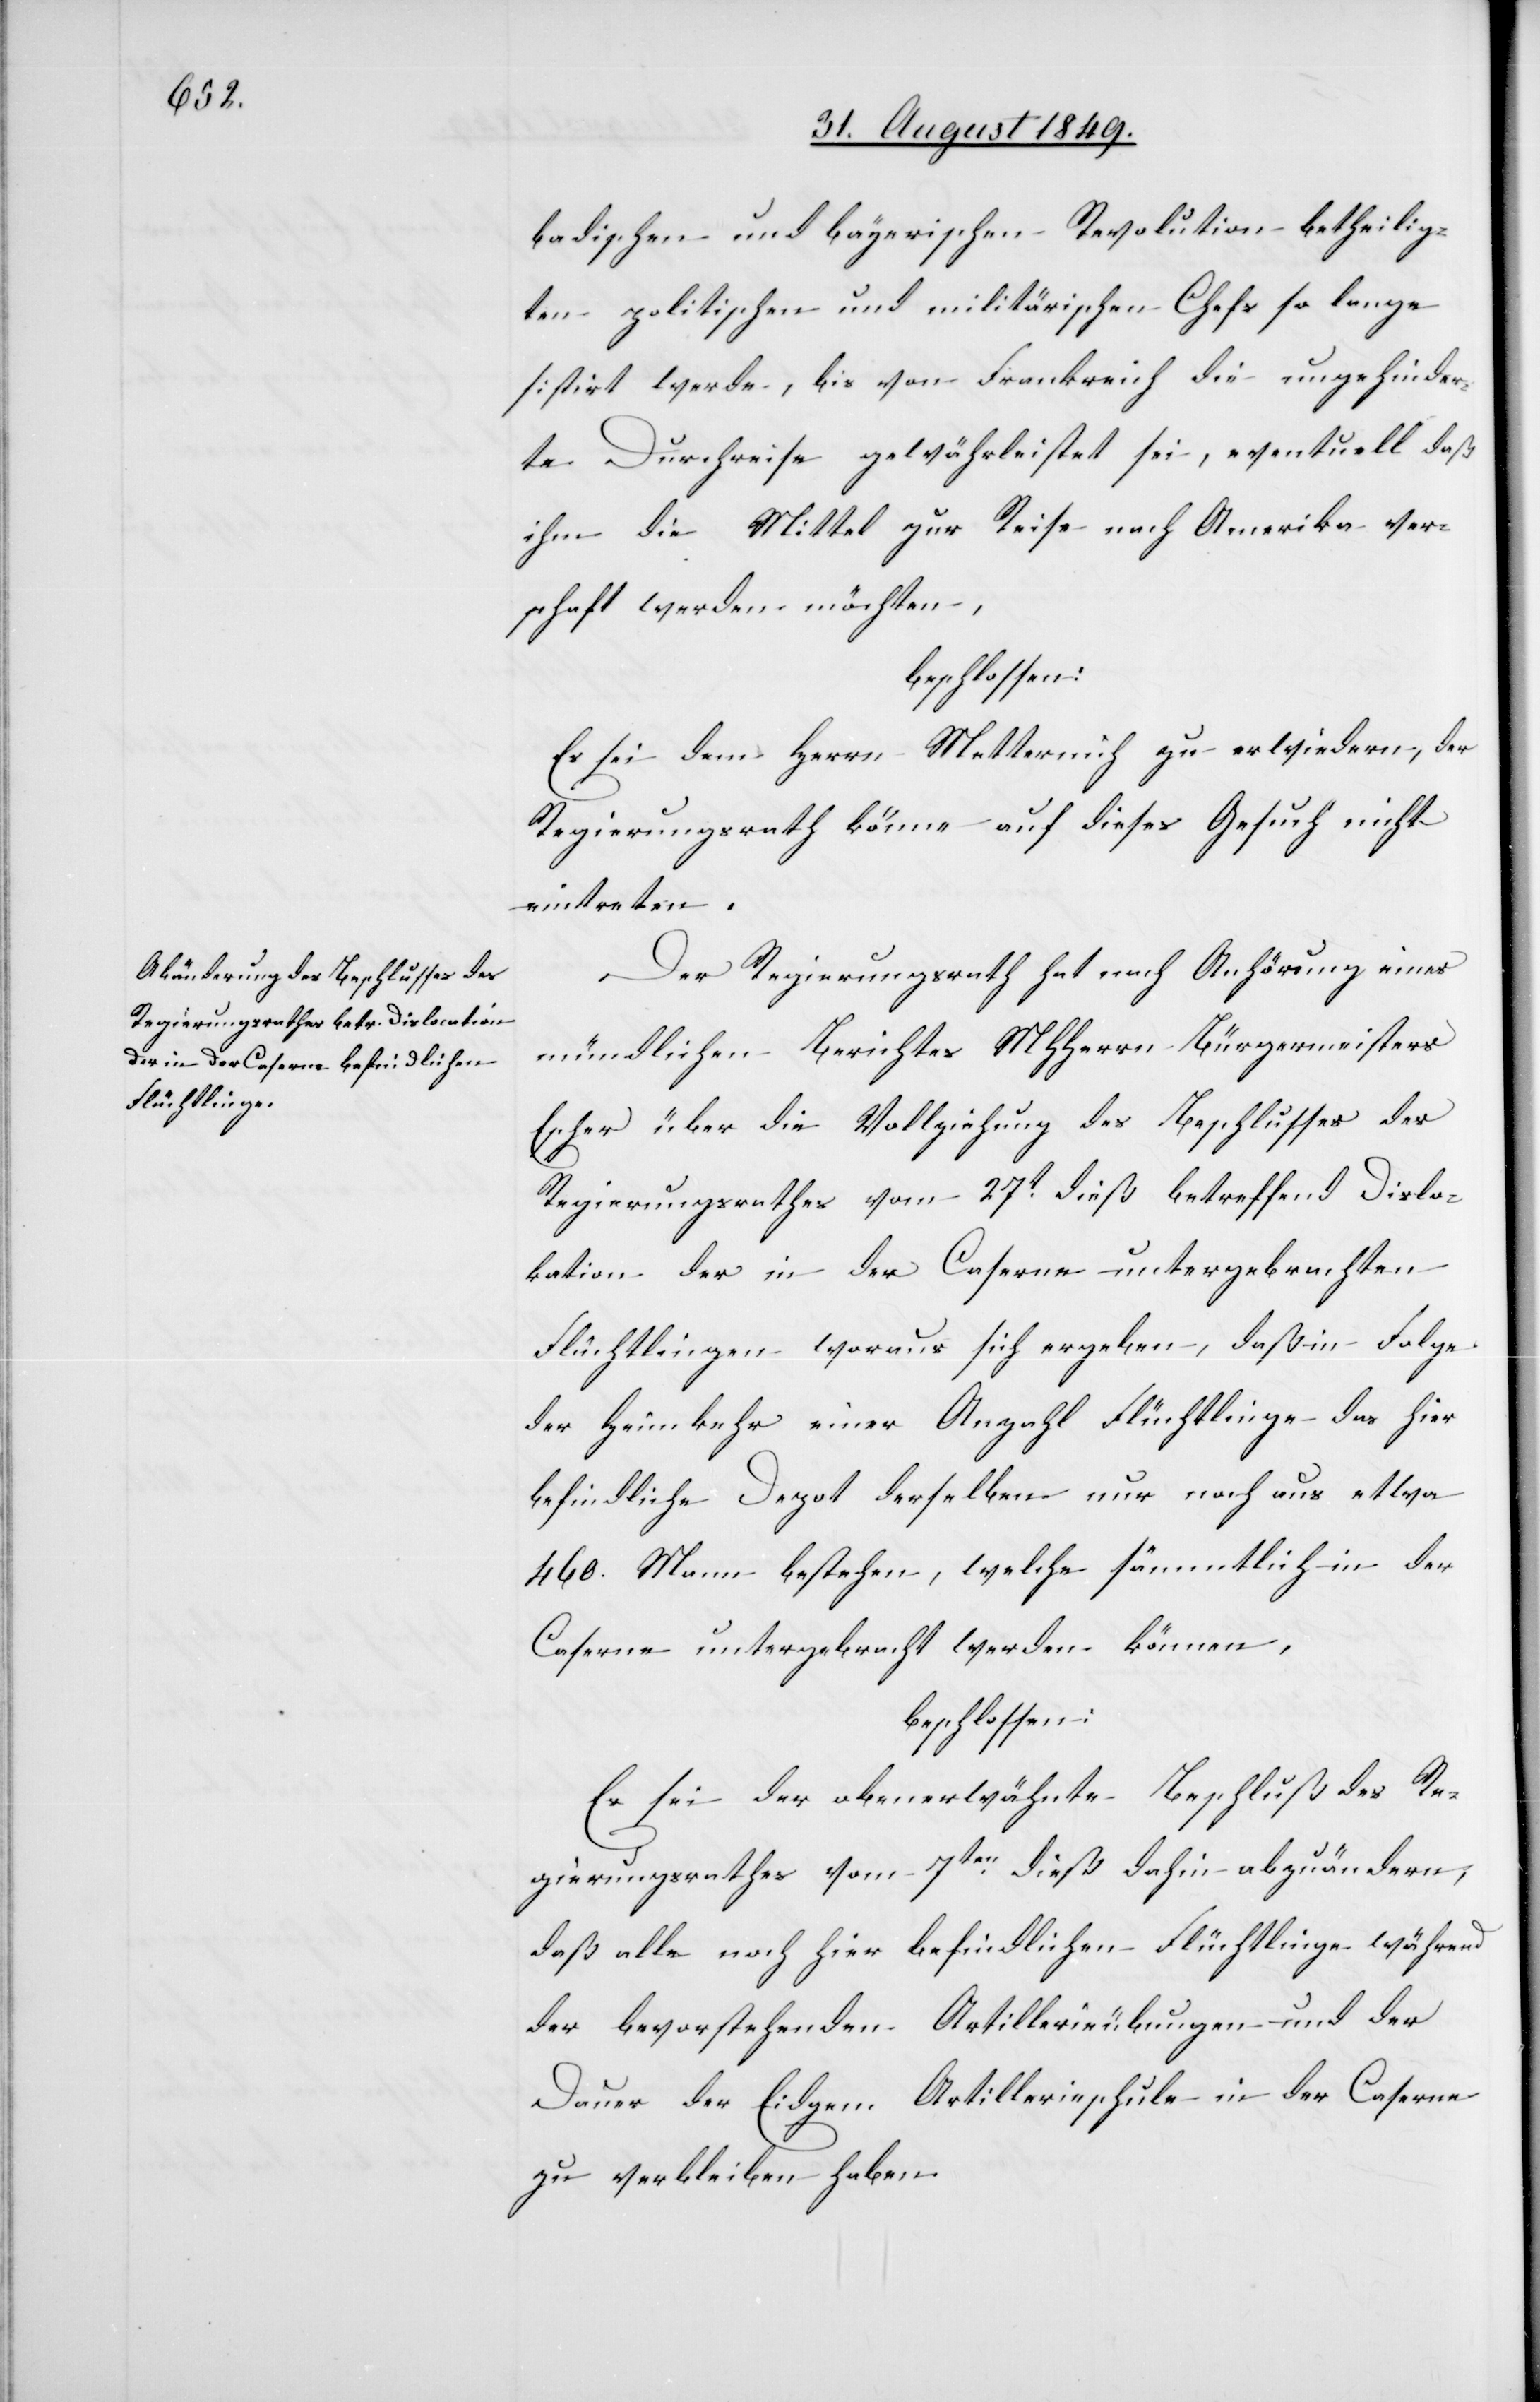
chaft

badischen und bayerischen Revolution betheilig¬
ten politischen und militärischen Chefs so lange
sistirt werde, bis von Frankreich die ungehinder¬
te Durchreise gewährleistet sei, eventuell daß
ihm die Mittel zur Reise nach Amerika vers¬
beschlossen:
Es sei dem Herrn Metternich zu erwiedern, der
Regierungsrath könne auf dieses Gesuch nicht
eintreten.
Der Regierungsrath hat nach Anhörung eines
mündlichen Berichtes MHHerrn Bürgermeisters
Escher über die Vollziehung des Beschlusses des
Regierungsrathes vom 27t dieß betreffend Dislo¬
kation der in der Caserne untergebrachten
Flüchtlingen woraus sich ergeben, daß in Folge
der Heimkehr einer Anzahl Flüchtlinge das hier
befindliche Depot derselben nur noch aus etwa
460. Mann bestehen, welche sämmtlich in der
Caserne untergebracht werden können,
beschlossen:
Es sei der obenerwähnte Beschluß des Re¬
gierungsrathes vom 7ten dieß dahin abzuändern,
daß alle noch hier befindlichen Flüchtlinge während
der bevorstehenden Artillerieübungen und der
Dauer der Eidgen. Artillerieschule in der Caserne
zu verbleiben haben.